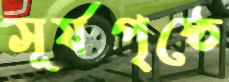
সূর্যপৃষ্ঠে